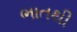
ભાતથી